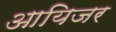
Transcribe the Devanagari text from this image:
आयिजर